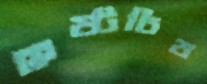
হৃষ্টচিত্ত